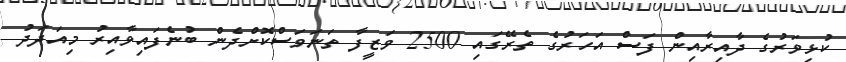
ކުޅިވަރުގެ ދާއިރާއިން ފަސް އަހަރުގެ ތެރޭގައި 2500 ވަޒީފާ ތަނަވަސްކޮށްދެން ބުނެފައިވާއިރު މިއަދަދު